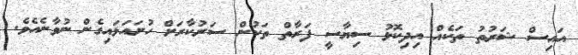
އައިސް ޝަރުތު ތަކެއް އިދިކޮޅު ސިޔާސީ ފަރާތް ތަކުން ސަރުކާރަށް ހުށައަޅައިގެން ނުވާނެއެވެ.